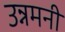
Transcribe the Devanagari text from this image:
उन्नमनी